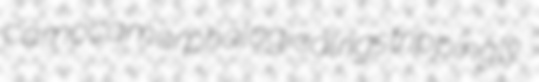
camoca morphological rigs trippingly